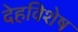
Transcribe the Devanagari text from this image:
देहविशेष